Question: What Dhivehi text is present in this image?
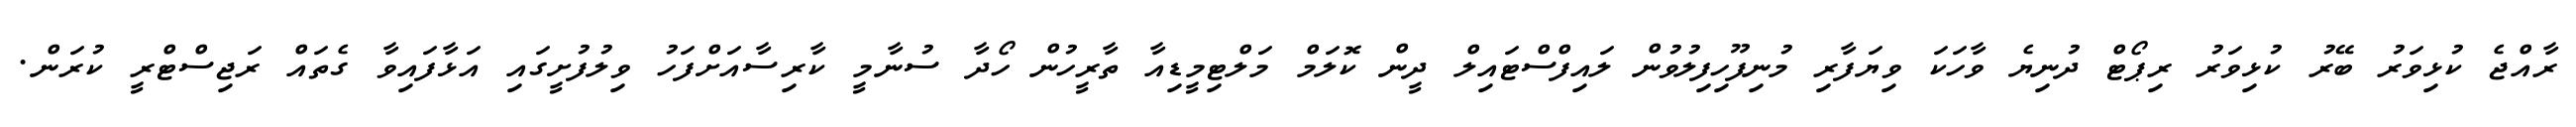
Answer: ރާއްޖެ ކުޅިވަރު ބޭރު ކުޅިވަރު ރިޕޯޓް ދުނިޔެ ވާހަކަ ވިޔަފާރި މުނިފޫހިފިލުވުން ލައިފްސްޓައިލް ދީން ކޮލަމް މަލްޓިމީޑިއާ ތާރީހުން ހޯދާ ސުނާމީ ކާރިސާއަށްފަހު ވިލުފުށީގައި އަޅާފައިވާ ގެތައް ރަޖިސްޓްރީ ކުރަން.